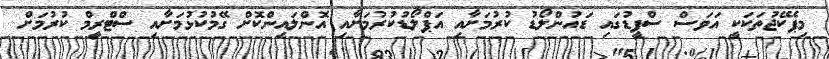
މިޕެކޭޖުތަކަކީ އަވަސް ސްޕީޑުގައި ޑައުންލޯޑު ކުރުމަށާއި އަޕްލޯޑުކުރުމަށާއި އޮންލައިންކޮށް ގޭމުކުޅުމަށާއި ސްޓްރީމް ކުރުމަށް